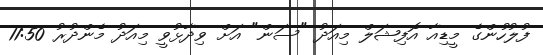
ފުލުހުންގެ މީޑިއާ އޮފިޝަލް މިއަދު "ސަން" އަށް ވިދާޅުވީ މިއަދު މެންދުރު 11:50